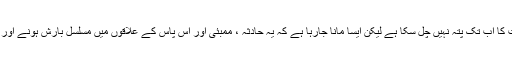
ابتدائی اطلاعات کے مطابق حادثے کی وجوہات کا اب تک پتہ نہیں چل سکا ہے لیکن ایسا مانا جارہا ہے کہ یہ حادثہ ، ممبئی اور آس پاس کے علاقوں میں مسلسل بارش ہونے اور ریلوے لائن پر تودے گرنے کے سبب پیش آیا۔